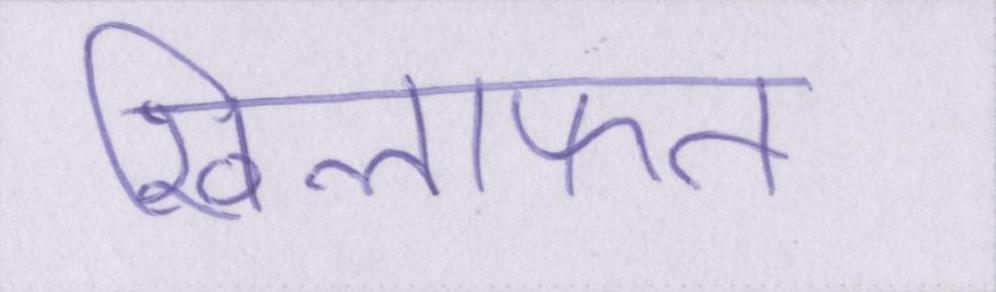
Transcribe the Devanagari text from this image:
खिलाफत